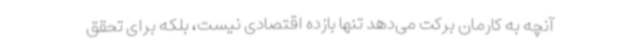
آنچه به کارمان برکت می‌دهد تنها بازده اقتصادی نیست، بلکه برای تحقق